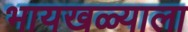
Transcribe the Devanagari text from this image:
भायखळ्याला